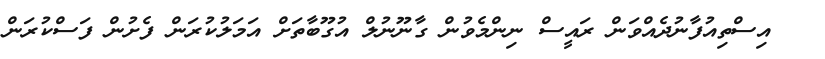
އިސްތިއުފާނުދެއްވަން ރައީސް ނިންމެވުން ގާނޫނުލް އުގޫބާތަށް އަމަލުކުރަން ފެށުން ފަސްކުރަން